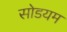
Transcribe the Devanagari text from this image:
सोडयम